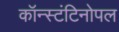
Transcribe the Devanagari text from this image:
कॉन्स्टंटिनोपल